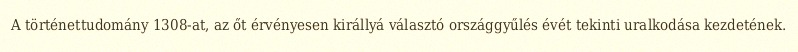
A történettudomány 1308-at, az őt érvényesen királlyá választó országgyűlés évét tekinti uralkodása kezdetének.